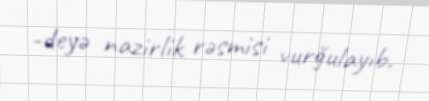
-deyə nazirlik rəsmisi vurğulayıb.